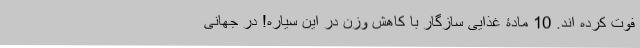
فوت کرده اند. 10 مادۀ غذایی سازگار با کاهش وزن در این سیاره! در جهانی